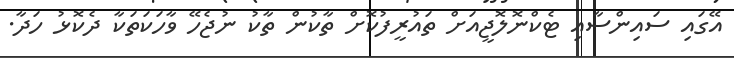
އޭގައި ސައިންސާއި ޓެކްނޮލޮޖީއަށް ތައުރީފުކޮށް ތާކުން ތާކު ނުޖެހޭ ވާހަކަތަކާ ދެކޮޅު ހަދާ.